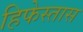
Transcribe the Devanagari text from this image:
हिफेस्तास